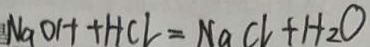
N a O H + H C l = N a C l + H _ { 2 } O